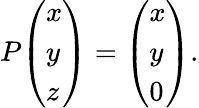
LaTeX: P{\left(\begin{array}{l}{x}\\ {y}\\ {z}\end{array}\right)}={\left(\begin{array}{l}{x}\\ {y}\\ {0}\end{array}\right)}.